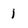
Character: 1